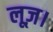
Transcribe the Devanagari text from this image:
लूज़।